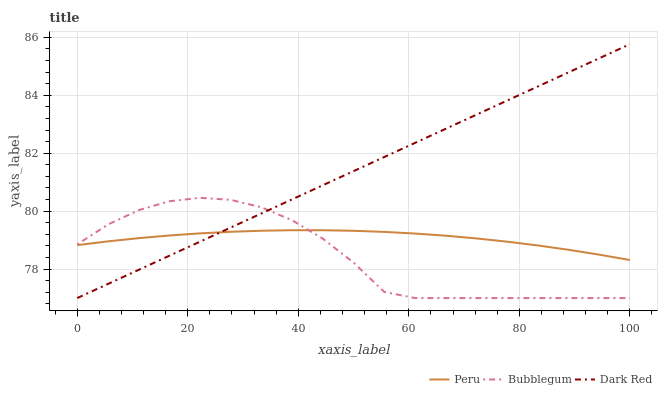
| xaxis_label | Peru | Bubblegum | Dark Red |
 | --- | --- | --- | --- |
 | 0 | 78.8 | 78.9 | 77 |
 | 5.56 | 79 | 79.5 | 77.5 |
 | 11.1 | 79.1 | 80 | 78 |
 | 16.7 | 79.2 | 80.3 | 78.5 |
 | 22.2 | 79.2 | 80.5 | 78.9 |
 | 27.8 | 79.3 | 80.4 | 79.4 |
 | 33.3 | 79.3 | 80.1 | 79.9 |
 | 38.9 | 79.3 | 79.7 | 80.4 |
 | 44.4 | 79.3 | 79 | 80.9 |
 | 50 | 79.3 | 78.2 | 81.4 |
 | 55.6 | 79.3 | 77.2 | 81.9 |
 | 61.1 | 79.2 | 77 | 82.4 |
 | 66.7 | 79.2 | 77 | 82.8 |
 | 72.2 | 79.1 | 77 | 83.3 |
 | 77.8 | 78.9 | 77 | 83.8 |
 | 83.3 | 78.8 | 77 | 84.3 |
 | 88.9 | 78.7 | 77 | 84.8 |
 | 94.4 | 78.5 | 77 | 85.3 |
 | 100 | 78.3 | 77 | 85.8 |